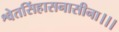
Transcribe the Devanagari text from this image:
श्वेतसिंहासनासीना।।।